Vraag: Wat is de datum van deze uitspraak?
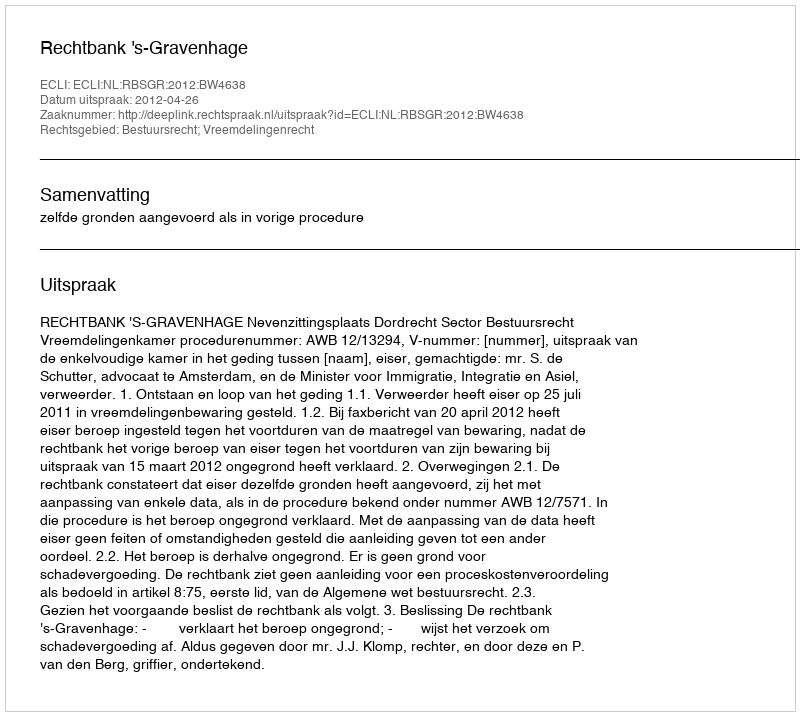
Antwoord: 2012-04-26